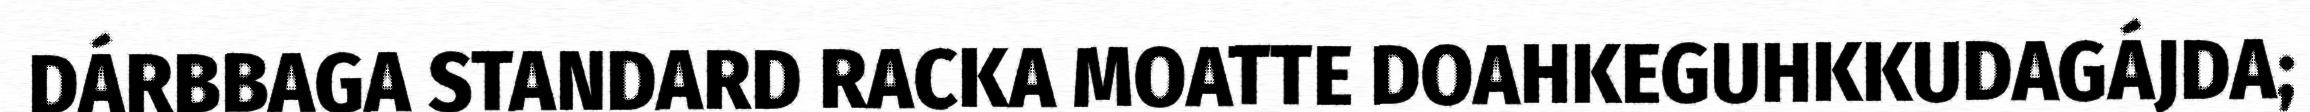
DÁRBBAGA STANDARD RACKA MOATTE DOAHKEGUHKKUDAGÁJDA;